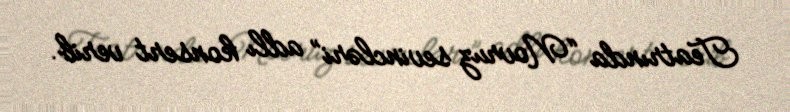
Teatrında “Novruz sevincləri” adlı konsert verib.